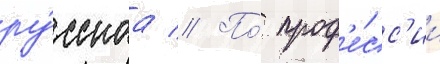
ру́сскаа // По́ проф'е́сс'ии